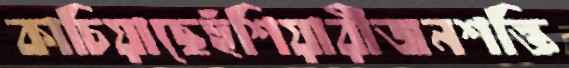
কাচিয়াছেহুঁশিয়ারীজনশক্তি